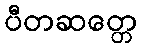
ပီတဆတ္တေ